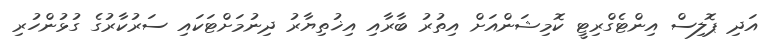
އަދި ޕޮލިސް އިންޓެގްރިޓީ ކޮމިޝަންއަށް އިތުރު ބާރާއި އިޚުތިޔާރު ދިނުމަށްޓަކައި ސަރުކާރުގެ ގުޅުންހުރި